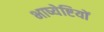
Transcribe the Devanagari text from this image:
भाष्येष्टियों